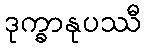
ဒုက္ခာနုပဿီ